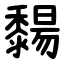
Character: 䵘